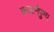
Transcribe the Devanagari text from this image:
कलानैपुण्य